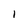
Character: l